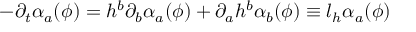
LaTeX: - \partial _ { t } \alpha _ { a } ( \phi ) = h ^ { b } \partial _ { b } \alpha _ { a } ( \phi ) + \partial _ { a } h ^ { b } \alpha _ { b } ( \phi ) \equiv l _ { h } \alpha _ { a } ( \phi )